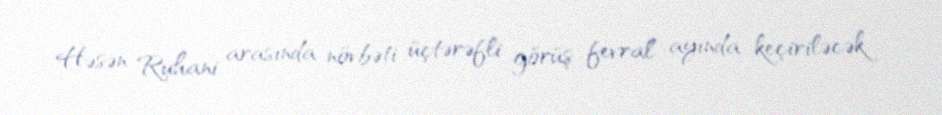
Həsən Ruhani arasında növbəti üçtərəfli görüş fevral ayında keçiriləcək.